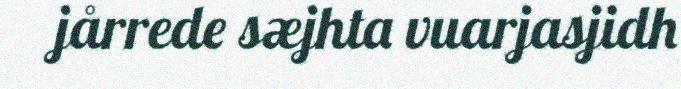
jårrede sæjhta vuarjasjidh